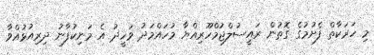
މި ހަރަކާތް ފެށުމުގެ ގޮތުން ރައީސުލްޖުމްހޫރިއްޔާ މުހައްމަދު ވަހީދު އެ މަނިކުފާނު ދިރިއުޅުއްވާ